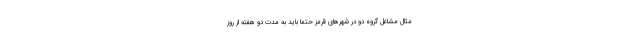
مثال مشاغل گروه دو در شهرهای قرمز حتما باید به مدت دو هفته از روز